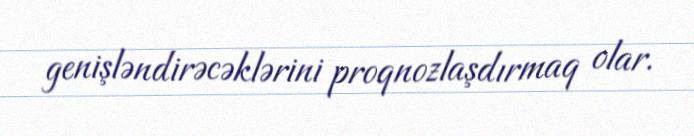
genişləndirəcəklərini proqnozlaşdırmaq olar.